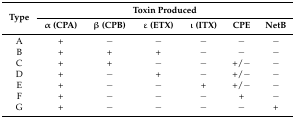
<table><thead><tr><td rowspan="2"><b>Type</b></td><td colspan="6"><b>Toxin Produced</b></td></tr><tr><td><b>α (CPA)</b></td><td><b>β (CPB)</b></td><td><b>ε (ETX)</b></td><td><b>ι (ITX)</b></td><td><b>CPE</b></td><td><b>NetB</b></td></tr></thead><tbody><tr><td>A</td><td>+</td><td>−</td><td>−</td><td>−</td><td>−</td><td>−</td></tr><tr><td>B</td><td>+</td><td>+</td><td>+</td><td>−</td><td>−</td><td>−</td></tr><tr><td>C</td><td>+</td><td>+</td><td>−</td><td>−</td><td>+/−</td><td>−</td></tr><tr><td>D</td><td>+</td><td>−</td><td>+</td><td>−</td><td>+/−</td><td>−</td></tr><tr><td>E</td><td>+</td><td>−</td><td>−</td><td>+</td><td>+/−</td><td>−</td></tr><tr><td>F</td><td>+</td><td>−</td><td>−</td><td>−</td><td>+</td><td>−</td></tr><tr><td>G</td><td>+</td><td>−</td><td>−</td><td>−</td><td>−</td><td>+</td></tr></tbody></table>